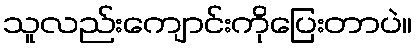
သူလည်းကျောင်းကိုပြေးတာပဲ။